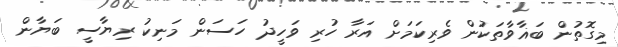
މިގޮތުން ބަޣާވާތަކުން ވެރިކަމަށް އަރާ ހުރި ވަހީދު ހަސަން މަނިކު ރިޔާސީ ބަޔާން